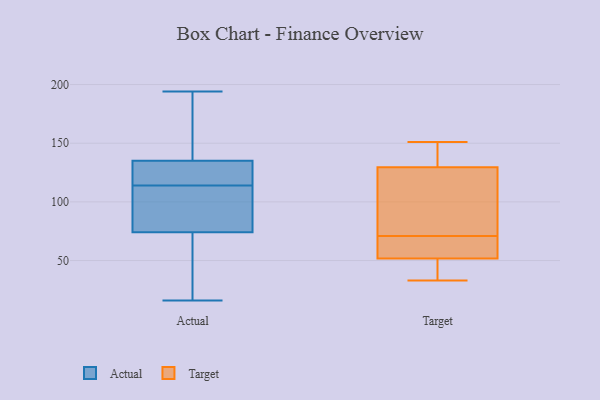
{"axis": {"x": "Churn Rate (%)", "y": "Value"}, "legend": ["Actual", "Target"], "data": [{"x": "", "y": 16, "type": "Actual"}, {"x": "", "y": 124, "type": "Actual"}, {"x": "", "y": 74, "type": "Actual"}, {"x": "", "y": 79, "type": "Actual"}, {"x": "", "y": 120, "type": "Actual"}, {"x": "", "y": 108, "type": "Actual"}, {"x": "", "y": 135, "type": "Actual"}, {"x": "", "y": 59, "type": "Actual"}, {"x": "", "y": 194, "type": "Actual"}, {"x": "", "y": 146, "type": "Actual"}, {"x": "", "y": 129, "type": "Target"}, {"x": "", "y": 35, "type": "Target"}, {"x": "", "y": 145, "type": "Target"}, {"x": "", "y": 59, "type": "Target"}, {"x": "", "y": 126, "type": "Target"}, {"x": "", "y": 33, "type": "Target"}, {"x": "", "y": 63, "type": "Target"}, {"x": "", "y": 36, "type": "Target"}, {"x": "", "y": 57, "type": "Target"}, {"x": "", "y": 131, "type": "Target"}, {"x": "", "y": 82, "type": "Target"}, {"x": "", "y": 71, "type": "Target"}, {"x": "", "y": 151, "type": "Target"}]}